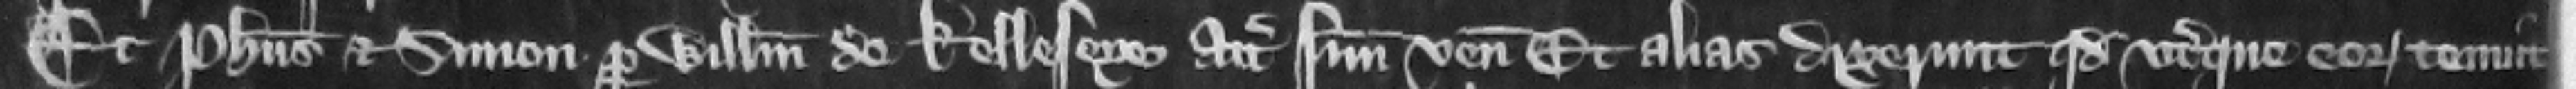
Et Philippus et Simon per Willelmum de Kelleseye attornatum suum veniunt. Et alias dixerunt quod vterque eorum tenuit